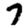
Digit: 7